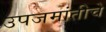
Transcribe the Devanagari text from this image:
उपजमांतीचे